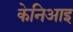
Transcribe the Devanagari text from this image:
केनिआइ